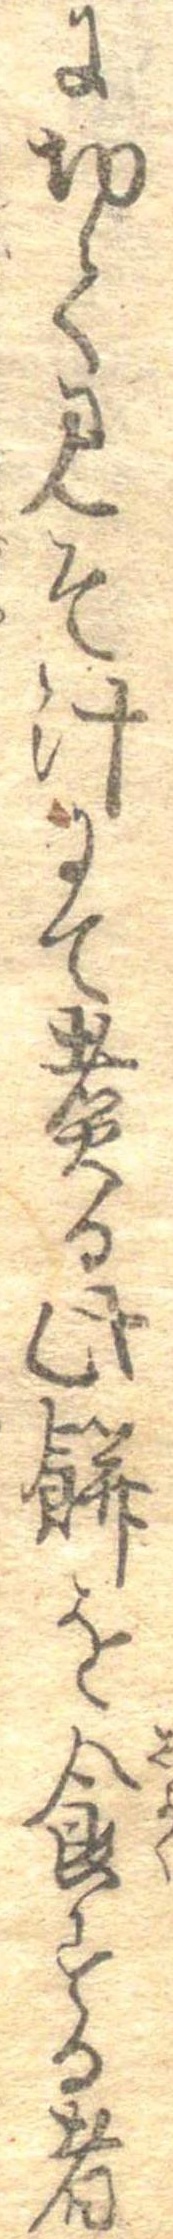
に切てみそ汁にて煮る此餅を食する者